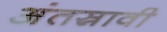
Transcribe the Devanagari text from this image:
अंतस्रावी